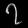
Digit: ၇